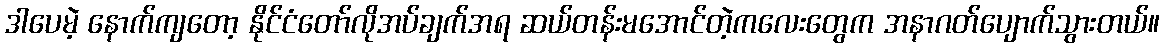
ဒါပေမဲ့ နောက်ကျတော့ နိုင်ငံတော်လိုအပ်ချက်အရ ဆယ်တန်းမအောင်တဲ့ကလေးတွေက အနာဂတ်ပျောက်သွားတယ်။